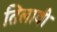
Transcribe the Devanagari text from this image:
तिलावी